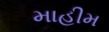
માહીમ